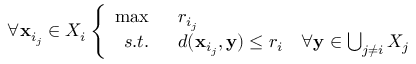
\forall \mathbf { x } _ { i _ { j } } \in X _ { i } \left\{ \begin{array} { r l } { \operatorname* { m a x } \; \; } & { { } { r _ { i _ { j } } } } \\ { s . t . \; \; } & { { } d ( \mathbf { x } _ { i _ { j } } , \mathbf { y } ) \leq r _ { i } \quad \forall \mathbf { y } \in \bigcup _ { j \neq i } X _ { j } } \end{array} \right.